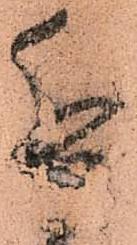
近